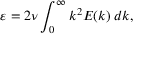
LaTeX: \varepsilon = 2 \nu \int _ { 0 } ^ { \infty } k ^ { 2 } E ( k ) \; d k ,